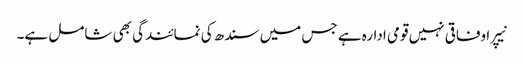
نیپرا وفاقی نہیں قومی ادارہ ہے جس میں سندھ کی نمائندگی بھی شامل ہے۔